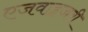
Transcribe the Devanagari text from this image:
एजवाइजरी